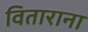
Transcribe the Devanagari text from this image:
विताराना